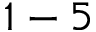
1 - 5